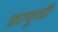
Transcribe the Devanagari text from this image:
फ़ायुमी